Indian journal of veterinary science and animal husbandry - Volumes 18-21, 1948-1951
Year: 1948
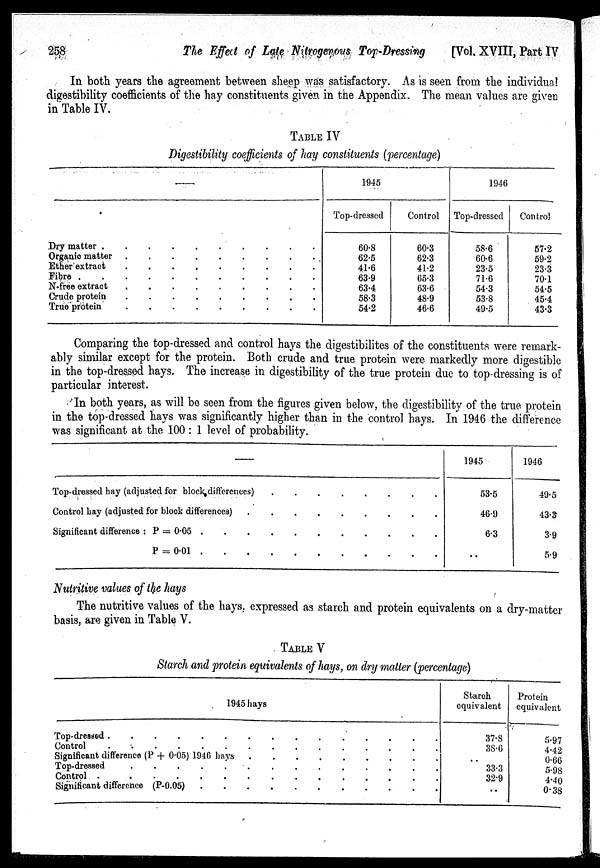
258
The Effect of Late Nitrogenous Top-Dressing
[Vol. XVIII, Part IV
In both years the agreement between sheep was satisfactory. As is seen from the individual
digestibility coefficients of the hay constituents given in the Appendix. The mean values are given
in Table IV.
TABLE IV
Digestibility coefficients of hay constituents (percentage)
—
Dry matter . . . . . . . . . . .
Organic matter
.
.
.
.
.
.
.
.
.
.
.
Ether extract
.
.
.
.
.
.
.
.
.
.
.
Fibre
.
.
.
.
.
.
.
.
.
.
.
N-free extract
.
.
.
.
.
.
.
.
.
.
.
Crude protein
.
.
.
.
.
.
.
.
.
.
.
True protein
.
.
.
.
.
.
.
.
.
.
.
1945
Top-dressed
60.8
62.5
41.6
63.9
63.4
58.3
54.2
Control
60.3
62.3
41.2
65.3
63.6
48.9
46.6
1946
Top-dressed
58.6
60.6
23.5
71.6
54.3
53.8
49.5
Control
57.2
59.2
23.3
70.1
54.5
45.4
43.3
Comparing the top-dressed and control hays the digestibilites of the constituents were remark-
ably similar except for the protein. Both crude and true protein were markedly more digestible
in the top-dressed hays. The increase in digestibility of the true protein due to top-dressing is of
particular interest.
In both years, as will be seen from the figures given below, the digestibility of the true protein
in the top-dressed hays was significantly higher than in the control hays. In 1946 the difference
was significant at the 100 : 1 level of probability.
—
Top-dressed hay (adjusted for block differences) . . . . . . . . . .
Control hay (adjusted for block difference) . . . . . . . . . .
Significant difference : P = 0.05 . . . . . . . . . .
P = 0.01
.
.
.
.
.
.
.
.
.
.
1945
53.5
46.9
6.3
. .
1946
49.5
43.3
3.9
5.9
Nutritive values of the hays
The nutritive values of the hays, expressed as starch and protein equivalents on a dry-matter
basis, are given in Table V.
TABLE V
Starch and protein equivalents of hays, on dry matter (percentage)
1945 hays
Top-dressed . . . . . . . . . . . . . . . . . . . . . . . .
Control . . . . . . . . . . . . . . . . . . . . . . . .
Significant difference (P + 0.05) 1946 hays . . . . . . . . . . . .
Top-dressed . . . . . . . . . . . . . . . . . . . . . . . .
Control . . . . . . . . . . . . . . . . . . . . . . . .
Significant difference (P-0.05)
.
.
.
.
.
.
.
.
.
.
.
.
Starch
equivalent
37.8
38.6
. .
33.3
32.9
..
Protein
equivalent
5.97
4.42
0.66
5.98
4.40
0.38